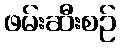
ဖမ်းဆီးစဉ်